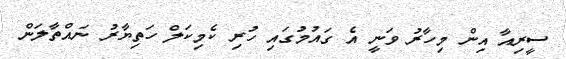
ސީރިއާ އިން މިހާރު ވަނީ އެ ގައުމުގައި ހުރި ކެމިކަލް ހަތިޔާރު ނައްތާލަން